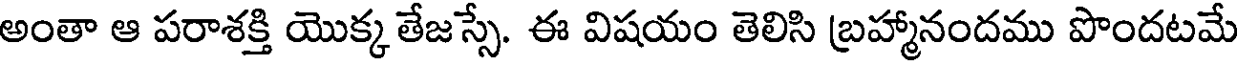
అంతా ఆ పరాశక్తి యొక్క తేజస్సే. ఈ విషయం తెలిసి బ్రహ్మానందము పొందటమే